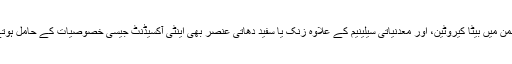
اس ضمن میں بیٹا کیروٹین، اور معدنیاتی سیلینیم کے علاوہ زنک یا سفید دھاتی عنصر بھی اینٹی آکسیڈنٹ جیسی خصوصیات کے حامل ہوتے ہیں۔